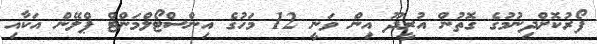
ފޯރުކޮށްދިނުމުގެ ގޮތުން އުރީދޫ އިން ވަނީ 12 މަހުގެ އިންސްޓޯލްމަންޓް ޕްލޭން އަކާއި